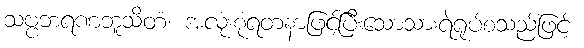
သဗ္ဗဘရဏဘူသိတံ၊ အလုံးစုံရတနာဖြင့်ပြီးသောသားရဲရုပ်စသည်ဖြင့်